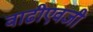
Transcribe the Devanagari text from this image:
वाढीएवजी